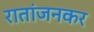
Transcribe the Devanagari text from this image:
रातांजनकर